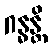
ဂန္ဓန္တိ